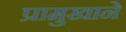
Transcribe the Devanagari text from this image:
प्रामुखाने